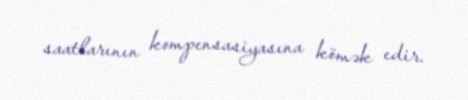
saatlarının kompensasiyasına kömək edir.